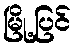
မြို့ပြင်